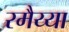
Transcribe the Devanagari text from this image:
रमैय्या